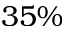
3 5 \%